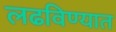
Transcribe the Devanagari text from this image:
लढविण्यात